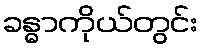
ခန္ဓာကိုယ်တွင်း